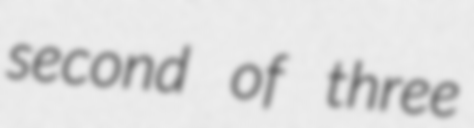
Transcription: second of three